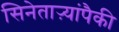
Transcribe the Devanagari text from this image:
सिनेताऱ्यांपैकी